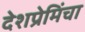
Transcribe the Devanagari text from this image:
देशप्रेमिंचा